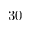
3 0